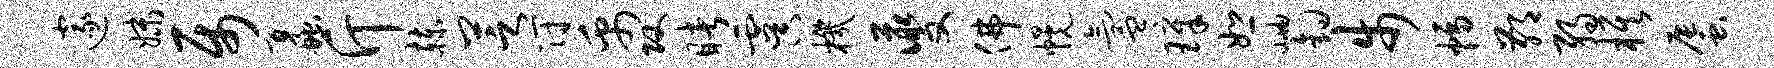
邃妹属蠡斤赫芝符禹攻睹虞机夔佛幌氲璋恕岫钩步幅鄙弱旗蜃